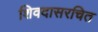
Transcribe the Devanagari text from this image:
शिवदासरचित